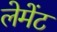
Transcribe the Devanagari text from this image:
लेमेंट